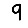
Digit: 9